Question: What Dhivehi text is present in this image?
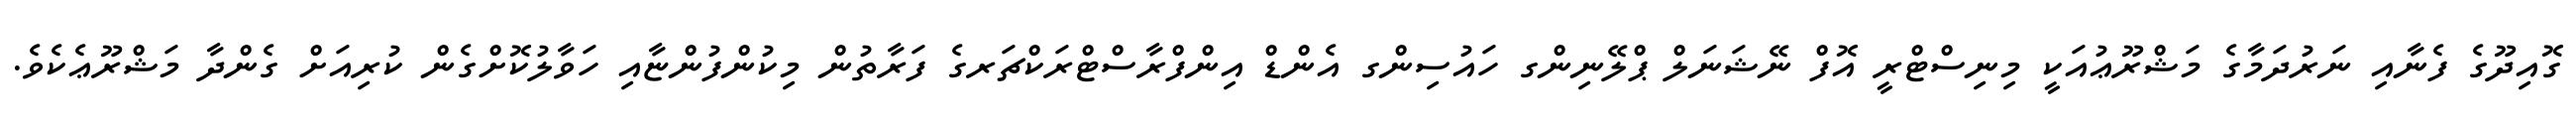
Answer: ގޮއިދޫގެ ފެނާއި ނަރުދަމާގެ މަޝްރޫޢުއަކީ މިނިސްޓްރީ އޮފް ނޭޝަނަލް ޕްލޭނިންގ ހައުސިންގ އެންޑް އިންފްރާސްޓްރަކްޗަރގެ ފަރާތުން މިކުންފުންޏާއި ހަވާލުކޮށްގެން ކުރިއަށް ގެންދާ މަޝްރޫޢެކެވެ.